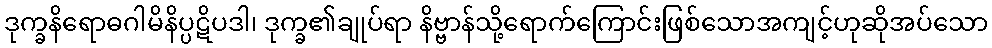
ဒုက္ခနိရောဓဂါမိနိပ္ပဋိပဒါ၊ ဒုက္ခ၏ချုပ်ရာ နိဗ္ဗာန်သို့ရောက်ကြောင်းဖြစ်သောအကျင့်ဟုဆိုအပ်သော